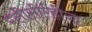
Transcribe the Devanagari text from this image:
ग्‍लीसीर्रहीजा